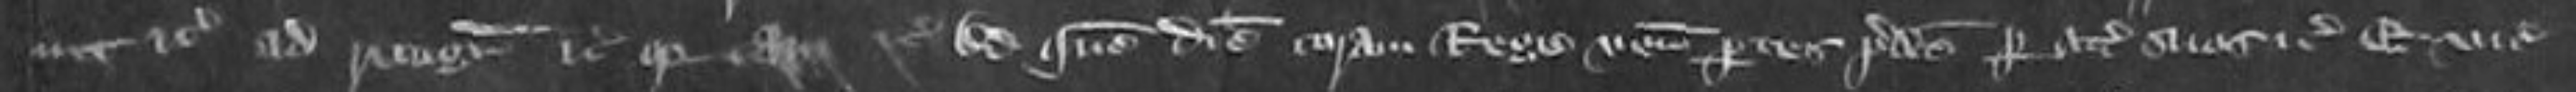
nec etc ad recognoscendum etc quia tam etc ad quem diem coram Rege veniunt partes predictes per attornatos suos etc Et vice comites